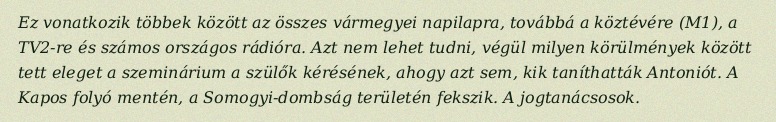
Ez vonatkozik többek között az összes vármegyei napilapra, továbbá a köztévére (M1), a TV2-re és számos országos rádióra. Azt nem lehet tudni, végül milyen körülmények között tett eleget a szeminárium a szülők kérésének, ahogy azt sem, kik taníthatták Antoniót. A Kapos folyó mentén, a Somogyi-dombság területén fekszik. A jogtanácsosok.